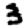
Digit: 3